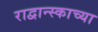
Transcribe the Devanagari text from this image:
राद्वान्स्काच्या